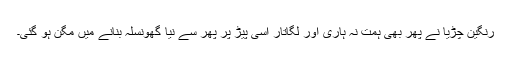
رنگین چڑیا نے پھر بھی ہمت نہ ہاری اور لگاتار اسی پیڑ پر پھر سے نیا گھونسلہ بنانے میں مگن ہو گئی۔